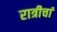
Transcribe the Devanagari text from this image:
रात्रीचां